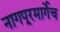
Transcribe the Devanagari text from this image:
नागपूरमार्गेच